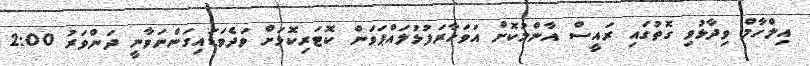
އިލްހާމް ވިދާޅުވި ގޮތުގައި ރައީސް އާންމުކޮށް އަވަހާރަފުޅުލައްޕަވަން ކޮޓަރިކޮޅަށް ވަދެވަޑައިގަންނަވާނީ ދަންވަރު 2:00